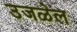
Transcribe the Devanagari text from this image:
उजळेल